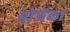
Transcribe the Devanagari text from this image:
बोजेंका